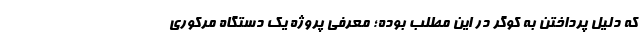
که دلیل پرداختن به کوگر در این مطلب بوده؛ معرفی پروژه یک دستگاه مرکوری